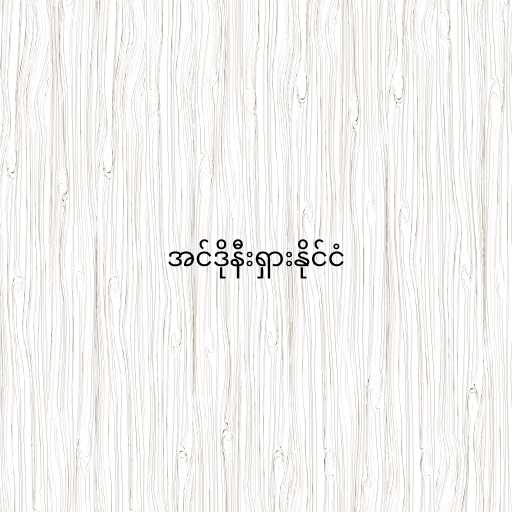
အင်ဒိုနီးရှားနိုင်ငံ